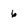
Character: 6